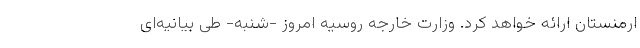
ارمنستان ارائه خواهد کرد. وزارت خارجه روسیه امروز -‌شنبه- طی بیانیه‌ای